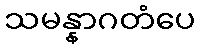
သမန္နာဂတံပေ